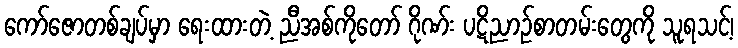
ကော်ဇောတစ်ချပ်မှာ ရေးထားတဲ့ ညီအစ်ကိုတော် ဂိုဏ်း ပဋိညာဉ်စာတမ်းတွေကို သူရသင့်၊